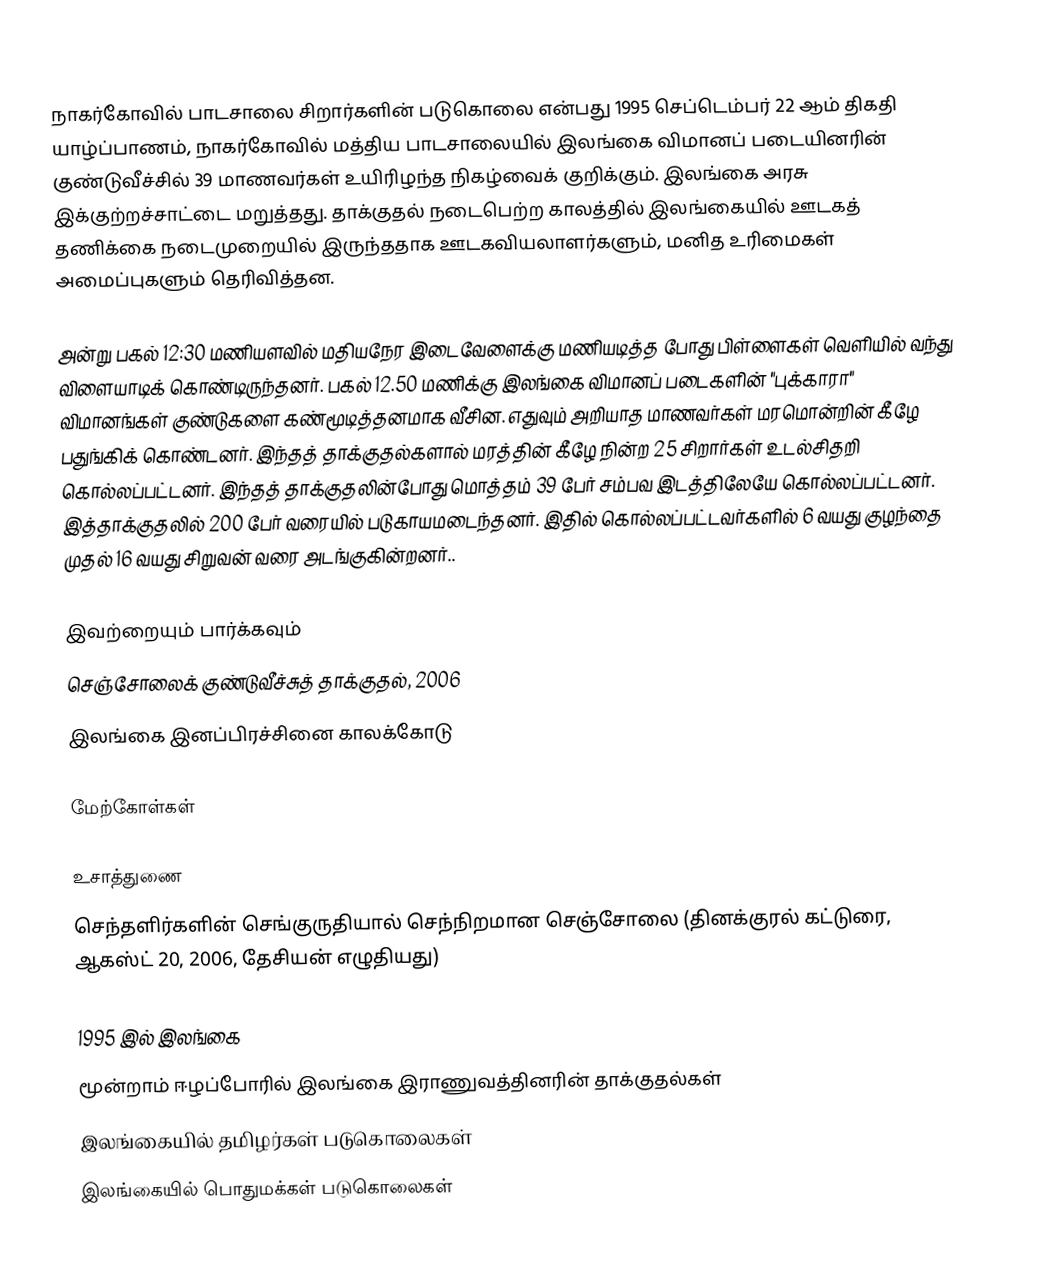
நாகர்கோவில் பாடசாலை சிறார்களின் படுகொலை என்பது 1995 செப்டெம்பர் 22 ஆம் திகதி யாழ்ப்பாணம், நாகர்கோவில் மத்திய பாடசாலையில் இலங்கை விமானப் படையினரின் குண்டுவீச்சில் 39 மாணவர்கள் உயிரிழந்த நிகழ்வைக் குறிக்கும். இலங்கை அரசு இக்குற்றச்சாட்டை மறுத்தது. தாக்குதல் நடைபெற்ற காலத்தில் இலங்கையில் ஊடகத் தணிக்கை நடைமுறையில் இருந்ததாக ஊடகவியலாளர்களும், மனித உரிமைகள் அமைப்புகளும் தெரிவித்தன.

அன்று பகல் 12:30 மணியளவில் மதியநேர இடைவேளைக்கு மணியடித்த போது பிள்ளைகள் வெளியில் வந்து விளையாடிக் கொண்டிருந்தனர். பகல் 12.50 மணிக்கு இலங்கை விமானப் படைகளின் "புக்காரா" விமானங்கள் குண்டுகளை கண்மூடித்தனமாக வீசின. எதுவும் அறியாத மாணவர்கள் மரமொன்றின் கீழே பதுங்கிக் கொண்டனர். இந்தத் தாக்குதல்களால் மரத்தின் கீழே நின்ற 25 சிறார்கள் உடல்சிதறி கொல்லப்பட்டனர். இந்தத் தாக்குதலின்போது மொத்தம் 39 பேர் சம்பவ இடத்திலேயே கொல்லப்பட்டனர். இத்தாக்குதலில் 200 பேர் வரையில் படுகாயமடைந்தனர். இதில் கொல்லப்பட்டவர்களில் 6 வயது குழந்தை முதல் 16 வயது சிறுவன் வரை அடங்குகின்றனர்..

இவற்றையும் பார்க்கவும்
 செஞ்சோலைக் குண்டுவீச்சுத் தாக்குதல், 2006
 இலங்கை இனப்பிரச்சினை காலக்கோடு

மேற்கோள்கள்

உசாத்துணை
 செந்தளிர்களின் செங்குருதியால் செந்நிறமான செஞ்சோலை (தினக்குரல் கட்டுரை, ஆகஸ்ட் 20, 2006, தேசியன் எழுதியது)

1995 இல் இலங்கை
மூன்றாம் ஈழப்போரில் இலங்கை இராணுவத்தினரின் தாக்குதல்கள்
இலங்கையில் தமிழர்கள் படுகொலைகள்
இலங்கையில் பொதுமக்கள் படுகொலைகள்